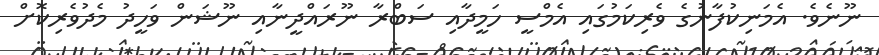
ނޫނެވެ. އެމަނިކުފާނުގެ ވެރިކަމުގައި އެމްސީ ހަމީދާއި ސަބްރާ ނޫރައްދީނާއި ނޫޝަން ވަހީދު މެދުވެރިކޮށް